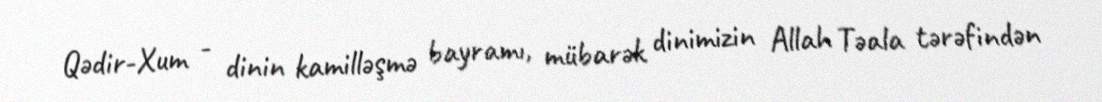
Qədir-Xum - dinin kamilləşmə bayramı, mübarək dinimizin Allah Təala tərəfindən